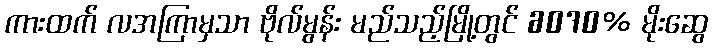
ကားထက် လအကြာမှသာ ဗိုလ်မွန်း မည်သည့်မြို့တွင် 6070% မိုးဆွေ